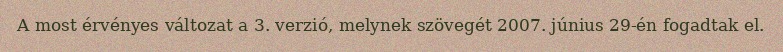
A most érvényes változat a 3. verzió, melynek szövegét 2007. június 29-én fogadtak el.